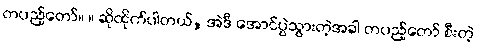
တပည့်တော်။ ။ ဆိုထိုက်ပါတယ်, အဲဒီ အောင်ပွဲသွားတဲ့အခါ တပည့်တော် စီးတဲ့